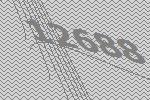
12688